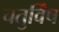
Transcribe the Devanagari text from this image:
चतुर्विंष